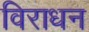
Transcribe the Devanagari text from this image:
विराधन